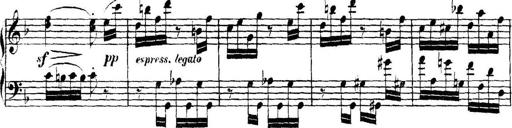
Title: Collected Piano Sonatas
Composer: Muzio Clementi